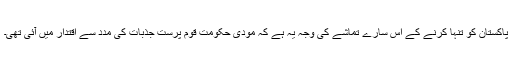
پاکستان کو تنہا کرنے کے اس سارے تماشے کی وجہ یہ ہے کہ مودی حکومت قوم پرست جذبات کی مدد سے اقتدار میں آئی تھی۔